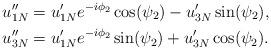
LaTeX: \begin{align*}u_{1N}''&=u_{1N}'e^{-i\phi_2}\cos(\psi_2)-u_{3N}'\sin(\psi_2),\\u_{3N}''&=u_{1N}'e^{-i\phi_2}\sin(\psi_2)+u_{3N}'\cos(\psi_2).\end{align*}